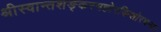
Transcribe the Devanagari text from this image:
श्रीस्वान्तशङ्करमहोरकिशोरचन्द्र।